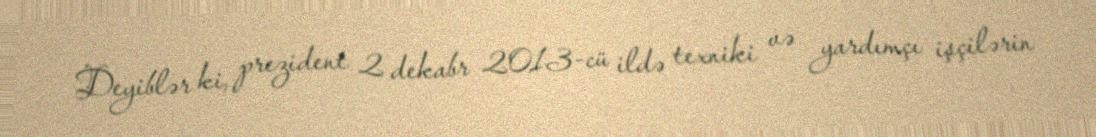
Deyiblər ki, prezident 2 dekabr 2013-cü ildə texniki və yardımçı işçilərin